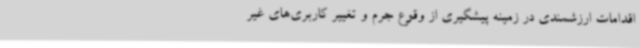
اقدامات ارزشمندی در زمینه پیشگیری از وقوع جرم و تغییر کاربری‌های غیر